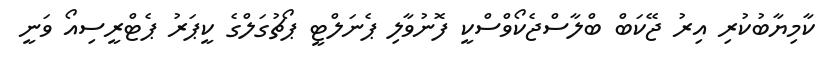
ކާމިޔާބުކުރި އިރު ޖޭކަބް ބްލާސްޖެކޯވްސްކީ ފޮނުވާލި ޕެނަލްޓީ ޕޯޗުގަލްގެ ކީޕަރު ޕެޓްރީސިއޯ ވަނީ